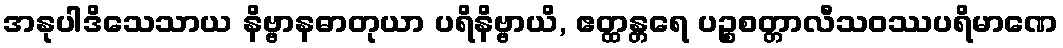
အနုပါဒိသေသာယ နိဗ္ဗာနဓာတုယာ ပရိနိဗ္ဗာယိ, ဧတ္ထန္တရေ ပဉ္စစတ္တာလီသဝဿပရိမာဏေ